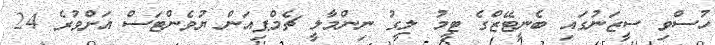
ހުސްވި ސީޒަނުގައި ބެނީޓޭޒްގެ ޓީމު ލީގު ނިންމާލީ ޗެމްޕިއަން ޔުވެންޓަސް އަށްވުރެ 24